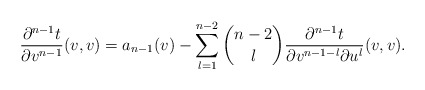
\begin{align*} \frac{\partial^{n-1}t}{\partial v^{n-1}}(v,v)=a_{n-1}(v)-\sum_{l=1}^{n-2}\binom{n-2}{l}\frac{\partial^{n-1}t}{\partial v^{n-1-l}\partial u^l}(v,v).\end{align*}